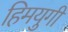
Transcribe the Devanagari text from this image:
हिमयुगी